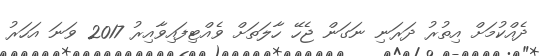
ދެއްކުމަށް އިތުރު ދަރަނި ނަގަން ޖެހޭ ހާލަތަށް ވެއްޓިފައިވާއިރު 2017 ވަނަ އަހަރު